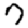
Digit: 7